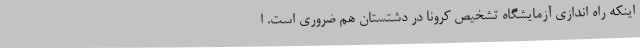
اینکه راه اندازی آزمایشگاه تشخیص کرونا در دشتستان هم ضروری است. ا